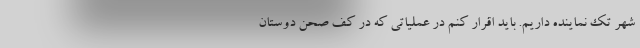
شهر تک نماینده داریم. باید اقرار کنم در عملیاتی که در کف صحن دوستان